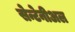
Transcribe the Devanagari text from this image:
सेन्टेनीअल